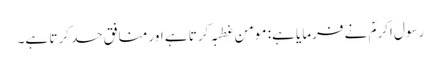
رسول اکرمؐ نے فرمایا ہے: مومن غِطبہ کرتا ہے اور منافق حسد کرتا ہے۔